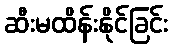
ဆီးမထိန်းနိုင်ခြင်း